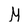
Character: M